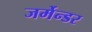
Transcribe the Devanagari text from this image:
जर्मेन्डर